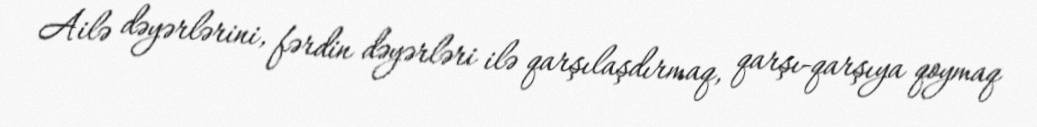
Ailə dəyərlərini, fərdin dəyərləri ilə qarşılaşdırmaq, qarşı-qarşıya qoymaq